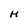
Character: M